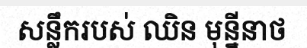
សន្លឹករបស់ ឈិន មុន្នីនាថ